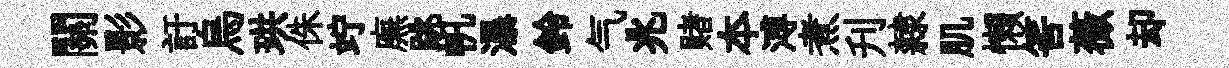
關影訏烏珙侏竚廡跳帆瀑鈴气兆赌夲溥煮刋隸肌懒筈薇却